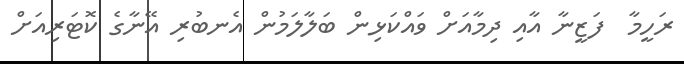
ރަހީމާ  ފަޒީނާ އާއި ދިމާއަށް ވައްކަޅިން ބަލާލަމުން އެނބުރި އޭނާގެ ކޮޓަރިއަށް